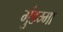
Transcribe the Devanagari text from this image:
गुंडम्मा